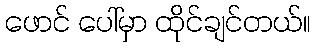
ဖောင် ပေါ်မှာ ထိုင်ချင်တယ်။